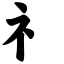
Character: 礻